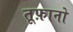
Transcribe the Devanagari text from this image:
तूफ़ानो